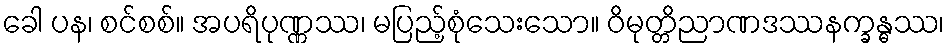
ခေါ ပန၊ စင်စစ်။ အပရိပုဏ္ဏဿ၊ မပြည့်စုံသေးသော။ ဝိမုတ္တိညာဏဒဿနက္ခန္ဓဿ၊